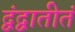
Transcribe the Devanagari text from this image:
द्वंद्वातीतं